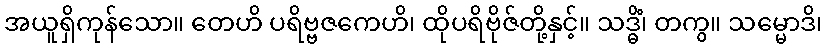
အယူရှိကုန်သော။ တေဟိ ပရိဗ္ဗဇကေဟိ၊ ထိုပရိဗိုဇ်တို့နှင့်။ သဒ္ဓိံ၊ တကွ။ သမ္မောဒိ၊